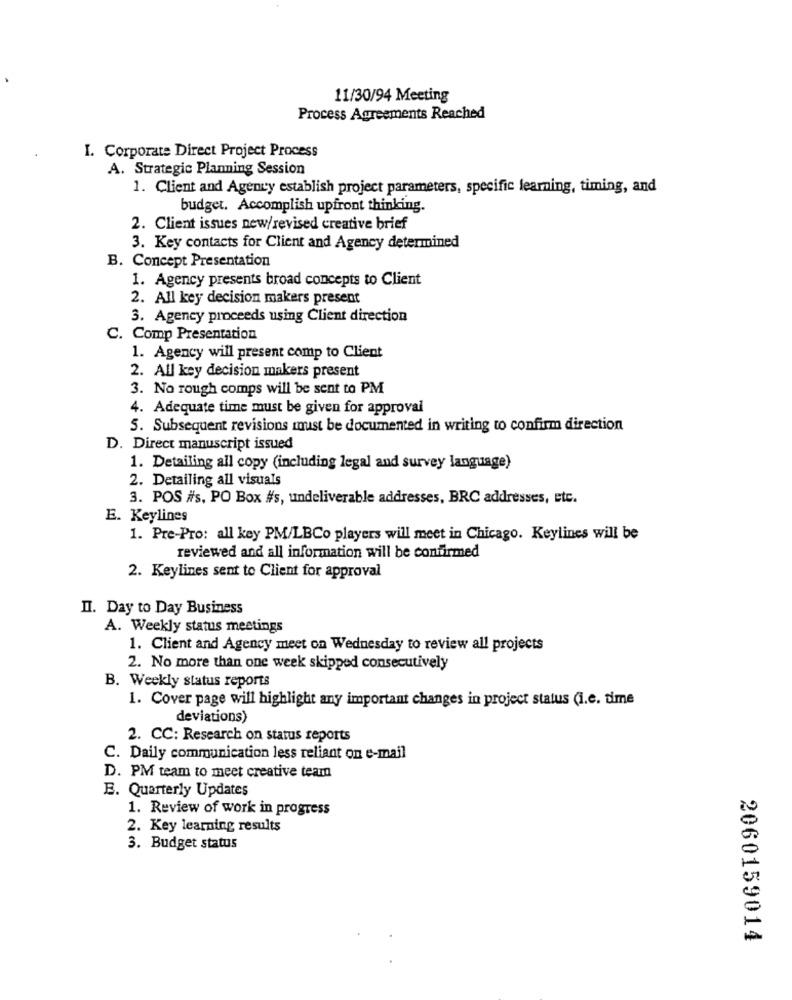
11/30/94 Meeting
Process Agreements Reached
I. Corporate Direct Project Process
A. Strategic Planning Session
1. Client and Agency establish project parameters, specific learning, timing, and
budget. Accomplish upfront thinking.
2. Client issues new/revised creative brief
3. Key contacts for Client and Agency determined
B. Concept Presentation
1. Agency presents broad concepts to Client
2. All key decision makers present
3. Agency proceeds using Client direction
C. Comp Presentation
1. Agency will present comp to Client
2. All key decision makers present
3. No rough comps will be sent to PM
4. Adequate time must be given for approval
5. Subsequent revisions must be documented in writing to confirm direction
D. Direct manuscript issued
1. Detailing all copy (including legal and survey language)
2. Detailing all visuals
3. POS #s, PO Box #s, undeliverable addresses, BRC addresses, etc.
E. Keylines
1. Pre-Pro: all key PM/LBCo players will meet in Chicago. Keylines will be
reviewed and all information will be confirmed
2. Keylines sent to Client for approval
Il. Day to Day Business
A. Weekly status meetings
1. Client and Agency meet on Wednesday to review all projects
2. No more than one week skipped consecutively
B. Weekly status reports
1. Cover page will highlight any important changes in project status (i.e. time
deviations)
2. CC: Research on status reports
C. Daily communication less reliant on e-mail
D. PM team to meet creative team
E. Quarterly Updates
1. Review of work in progress
2. Key learning results
3. Budget status
2060159014